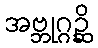
အဗ္ဘုဂ္ဂဉ္ဆိ